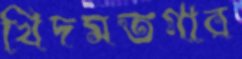
খিদমতগার